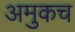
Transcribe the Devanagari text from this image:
अमुकच